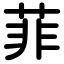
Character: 菲